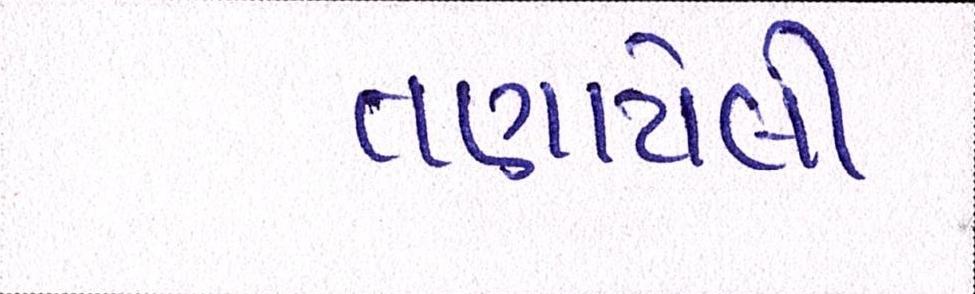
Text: તણાયેલી